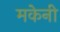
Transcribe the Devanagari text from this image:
मकेनी